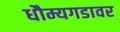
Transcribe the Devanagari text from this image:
धौम्यगडावर